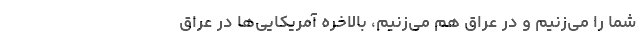
شما را می‌زنیم و در عراق هم می‌زنیم، بالاخره آمریکایی‌ها در عراق